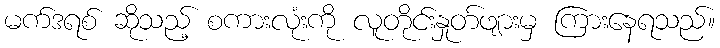
မက်ဒရစ် ဆိုသည့် စကားလုံးကို လူတိုင်းနှုတ်ဖျားမှ ကြားနေရသည်။